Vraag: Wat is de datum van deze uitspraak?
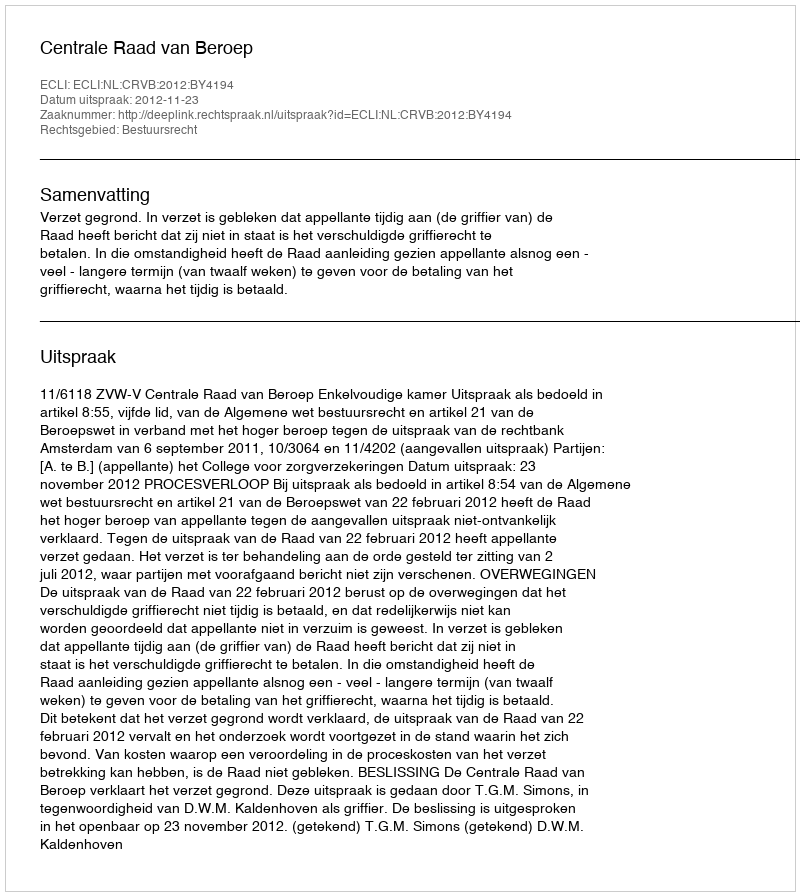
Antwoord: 2012-11-23